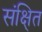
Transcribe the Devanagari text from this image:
संक्षि्त